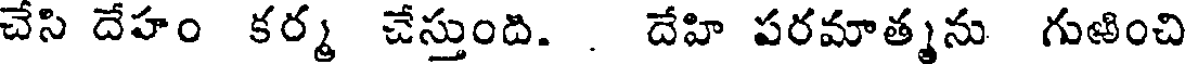
చేసి దేహం కర్మ చేస్తుంది. . దేహి పరమాత్మను గుఱించి